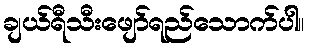
ချယ်ရီသီးဖျော်ရည်သောက်ပါ။